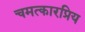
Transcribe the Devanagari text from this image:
चमत्कारप्रिय